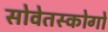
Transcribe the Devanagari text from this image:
सोवेतस्कोगो